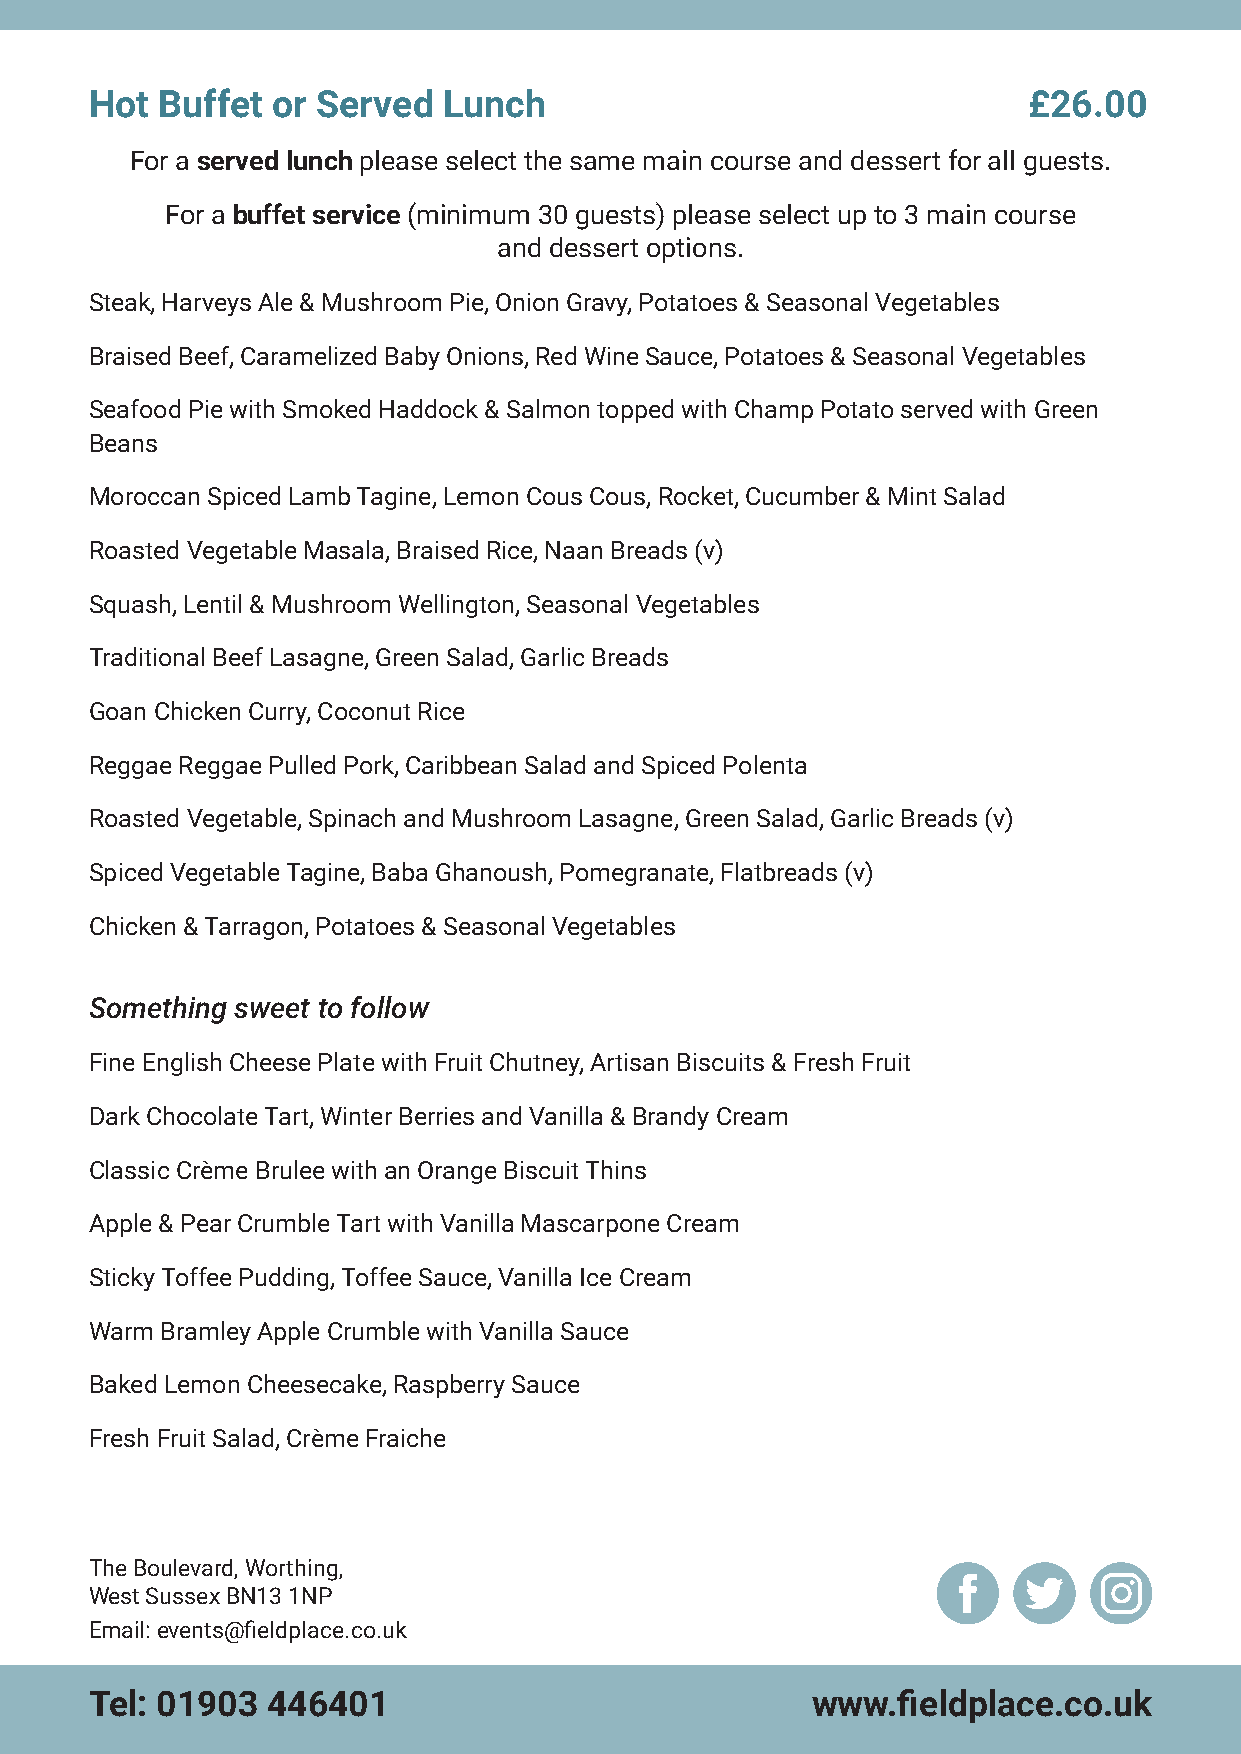
Hot Buffet  or Served  Lunch                                  £26.00
 For a served lunch please select the same main course and dessert for all guests.
 For a buffet service (minimum 30 guests) please select up to 3 main course
 and dessert options.
 Steak, Harveys Ale & Mushroom Pie, Onion Gravy, Potatoes & Seasonal Vegetables
 Braised Beef, Caramelized Baby Onions, Red Wine Sauce, Potatoes & Seasonal Vegetables
 Seafood Pie with Smoked Haddock & Salmon topped with Champ Potato served with Green
 Beans
 Moroccan Spiced Lamb Tagine, Lemon Cous Cous, Rocket, Cucumber & Mint Salad
 Roasted Vegetable Masala, Braised Rice, Naan Breads (v)
 Squash, Lentil & Mushroom Wellington, Seasonal Vegetables
 Traditional Beef Lasagne, Green Salad, Garlic Breads
 Goan Chicken Curry, Coconut Rice
 Reggae Reggae Pulled Pork, Caribbean Salad and Spiced Polenta
 Roasted Vegetable, Spinach and Mushroom Lasagne, Green Salad, Garlic Breads (v)
 Spiced Vegetable Tagine, Baba Ghanoush, Pomegranate, Flatbreads (v)
 Chicken & Tarragon, Potatoes & Seasonal Vegetables
 Something sweet to follow
 Fine English Cheese Plate with Fruit Chutney, Artisan Biscuits & Fresh Fruit
 Dark Chocolate Tart, Winter Berries and Vanilla & Brandy Cream
 Classic Crème Brulee with an Orange Biscuit Thins
 Apple & Pear Crumble Tart with Vanilla Mascarpone Cream
 Sticky Toffee Pudding, Toffee Sauce, Vanilla Ice Cream
 Warm Bramley Apple Crumble with Vanilla Sauce
 Baked Lemon Cheesecake, Raspberry Sauce
 Fresh Fruit Salad, Crème Fraiche
 The Boulevard, Worthing,
 West Sussex BN13 1NP
 Email: events@fieldplace.co.uk
 Tel: 01903  446401                              www.fieldplace.co.uk